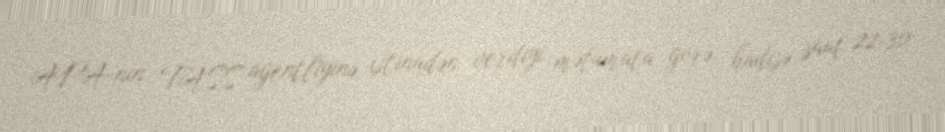
APA-nın TASS agentliyinə istinadən verdiyi məlumata görə, hadisə saat 22:30